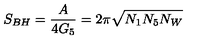
S _ { B H } = \frac { A } { 4 G _ { 5 } } = 2 \pi \sqrt { N _ { 1 } N _ { 5 } N _ { W } }